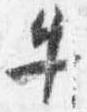
牛